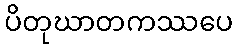
ပိတုဃာတကဿပေ